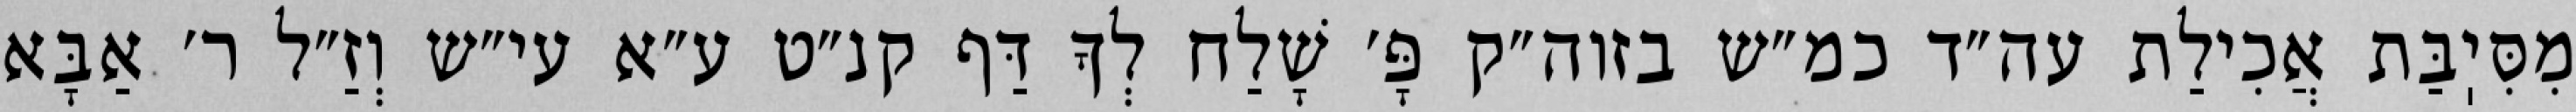
מִסִּיֽבַּת אֲכִילַת עה״ד כמ״ש בזוה״ק פָּ׳ שָׁלַח לְךָ דַּף קנ״ט ע״א עי״ש וְזַ״ל ר׳ אַבָּא